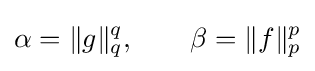
\alpha =\|g\|_{q}^{q},\qquad \beta =\|f\|_{p}^{p}